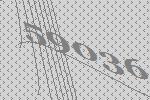
59036